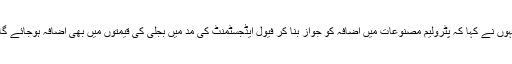
انہوں نے کہا کہ پٹرولیم مصنوعات میں اضافہ کو جواز بنا کر فیول ایڈجسٹمنٹ کی مد میں بجلی کی قیمتوں میں بھی اضافہ ہوجائے گا ۔